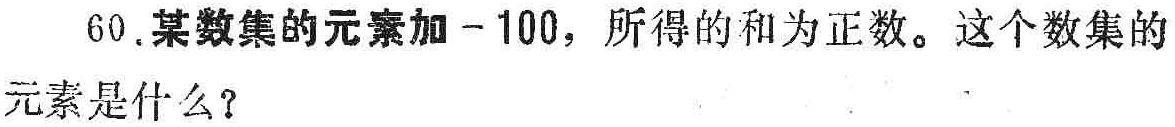
60. 某数集的元素加 - 100，所得的和为正数。这个数集的元素是什么？